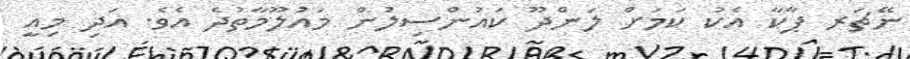
ނޭޗަރ ޕާކާ އެކު ކަމަށް ލަންދޫ ކައުންސިލުން މައުލޫމާތުދެ އެވެ. އަދި މިއީ